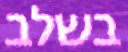
בשלב